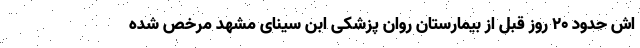
اش حدود ۲۰ روز قبل از بیمارستان روان پزشکی ابن سینای مشهد مرخص شده